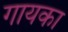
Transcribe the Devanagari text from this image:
गायका